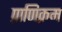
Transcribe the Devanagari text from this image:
प्राणिक्रम